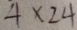
4 \times 2 4